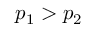
p _ { 1 } > p _ { 2 }